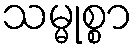
သမ္မုစ္စာ